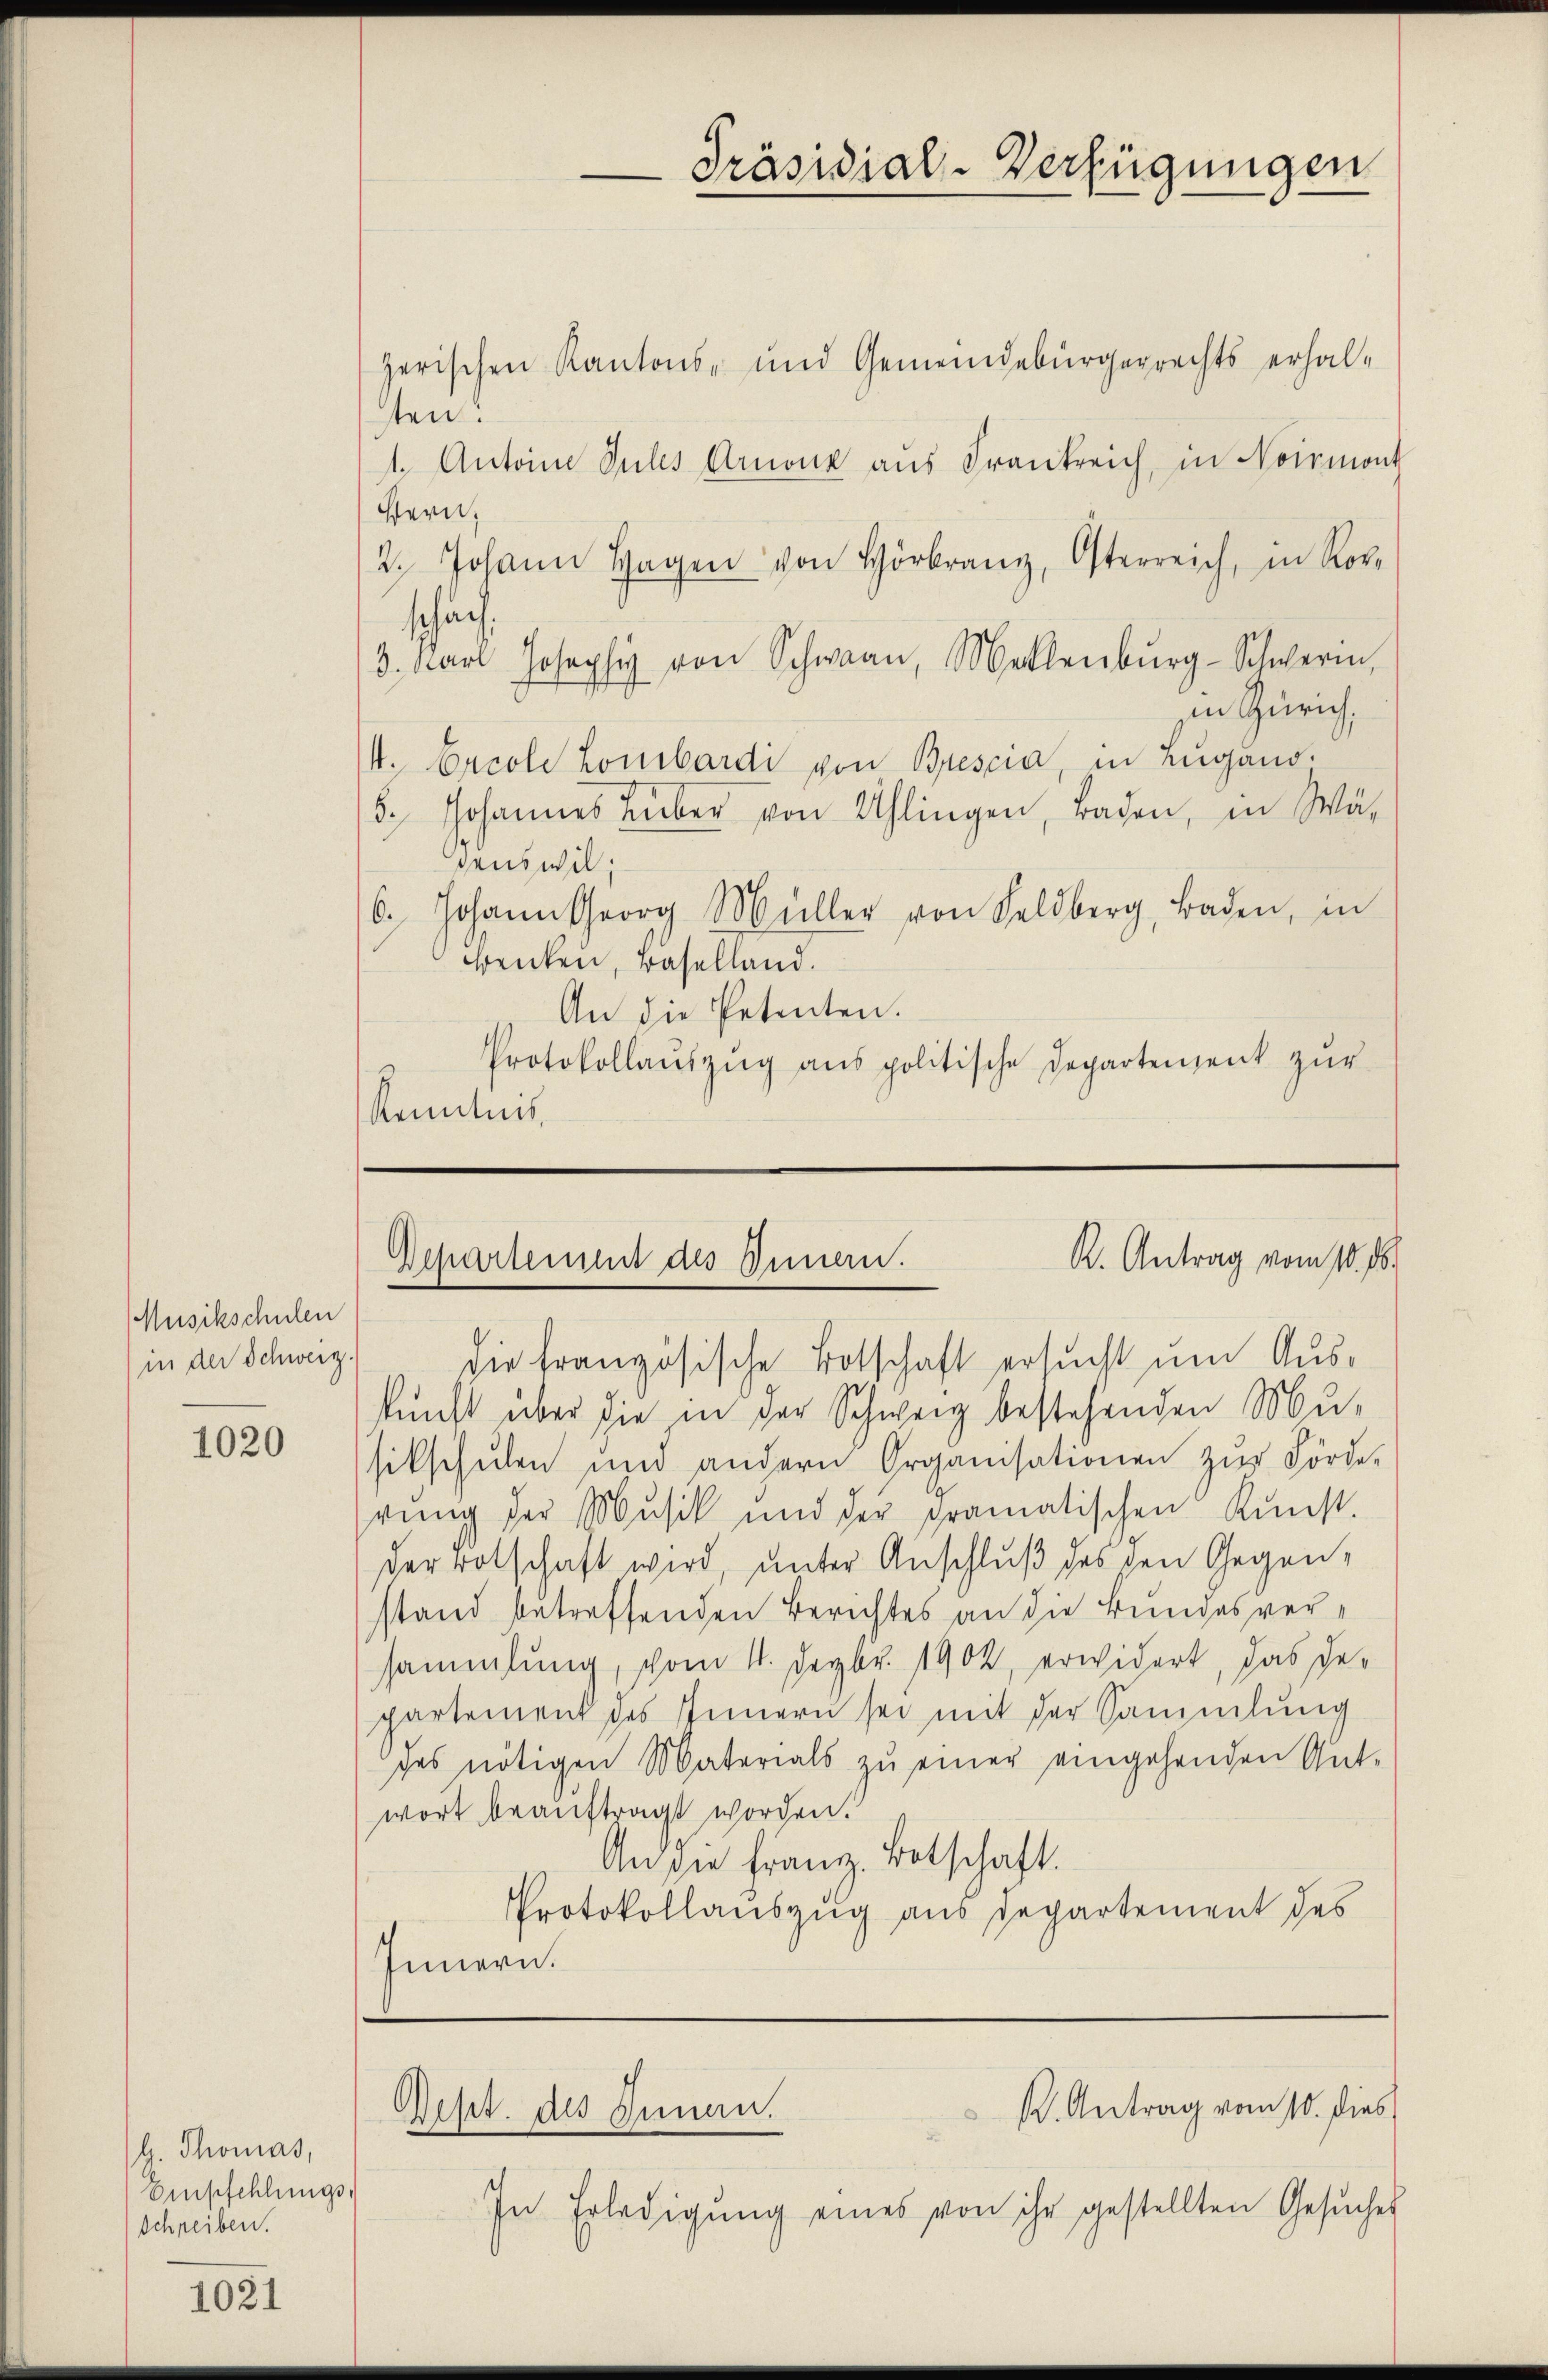
Musikschulen
in der Schweiz.

1020

g. Thomas,
Empfehlungs¬
Schreiben.

1021

zerischen Kantons- und Gemeindebürgerrechts erhalten!
1. Anton Sules Arnone aus Frankreich, in Normont
Hern,
2. Johann Hagen von Hörr, Osterreich, in Ror-
schäf
3. Carl Josephi von Schwan, Merlenbŭrg-Schweren,
iin Zürich,
s. Arcole Lombardi von Brescia, in Lugano.
6. Johannes Lieber von Uhlingen, Baden, in Wä
denswil;
6. Johann Georg Müller von Feldberg, Baden, in
wenken, Baselland.
An die Petenten.
Protokollaŭszŭg ans politische Departement zŭr
Kenntnis,

die französische Botschaft ersucht um Auskunft über die in der Schweiz bestehenden Mu-
sitschulen und andern Organisationen zur Förde-
rŭng der Musik und der dramatischen Kunst.
der Botschaft wird, unter Anschluß des den Gegenstand betreffenden Berichtes an die Bundesversammlung, vom 11. Dezbr. 1902, erwidert, das Gepartement des Innern sei mit der Sammlung
des nötigen Materials zŭ einer eingehenden Ant-
wort beauftragt worden.
An die Franz. Botschaft.
Protokollauszug aus Departement des
Innern.

Präsidial-Verfügungen

R. Antrag vom 10. 16.
Departement des Innen.

K. Antrag vom 10. dies
Dept. des Innen.
 f

In Erledigŭng eines von ihr gestellten Gesŭches